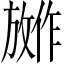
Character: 𪯕